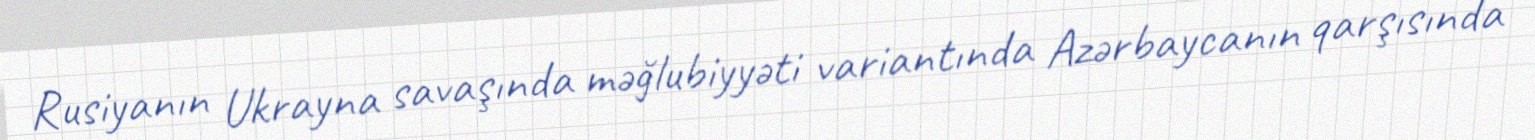
Rusiyanın Ukrayna savaşında məğlubiyyəti variantında Azərbaycanın qarşısında